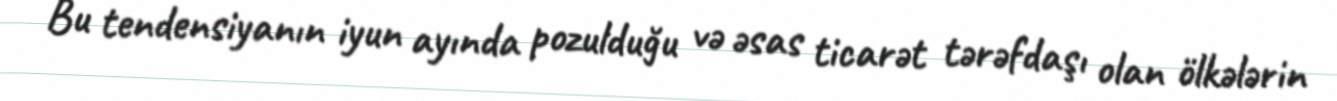
Bu tendensiyanın iyun ayında pozulduğu və əsas ticarət tərəfdaşı olan ölkələrin